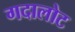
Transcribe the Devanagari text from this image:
गदालोट